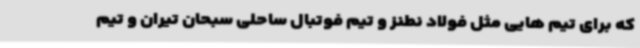
که برای تیم هایی مثل فولاد نطنز و تیم فوتبال ساحلی سبحان تیران و تیم